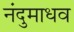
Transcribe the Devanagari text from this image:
नंदुमाधव